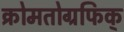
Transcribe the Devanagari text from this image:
क्रोमतोग्रफिक्